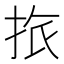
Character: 𢬜